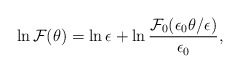
\begin{align*}\ln {\cal F} (\theta) = \ln \epsilon + \ln \frac{{\cal F}_0 (\epsilon_0 \theta/\epsilon)} {\epsilon_0},\end{align*}